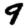
Digit: 9